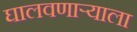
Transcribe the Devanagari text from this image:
घालवणाऱ्याला